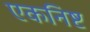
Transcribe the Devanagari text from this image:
एकनिष्ट